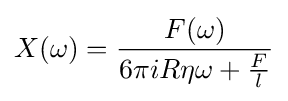
X(\omega )={\frac {F(\omega )}{6\pi iR\eta \omega +{\frac {F}{l}}}}